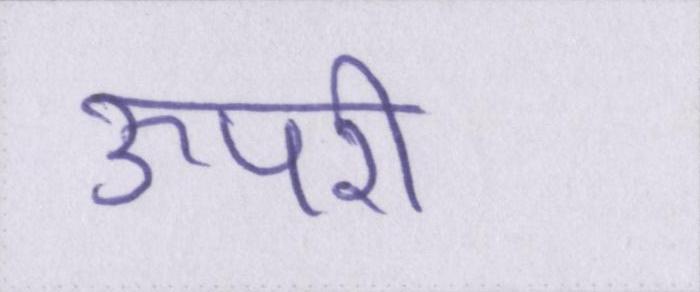
ऊपरी